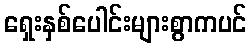
ရှေးနှစ်ပေါင်းများစွာကပင်